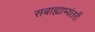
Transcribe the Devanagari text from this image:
सबाह्याभ्यंतरीं